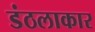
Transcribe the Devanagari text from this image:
डंठलाकार